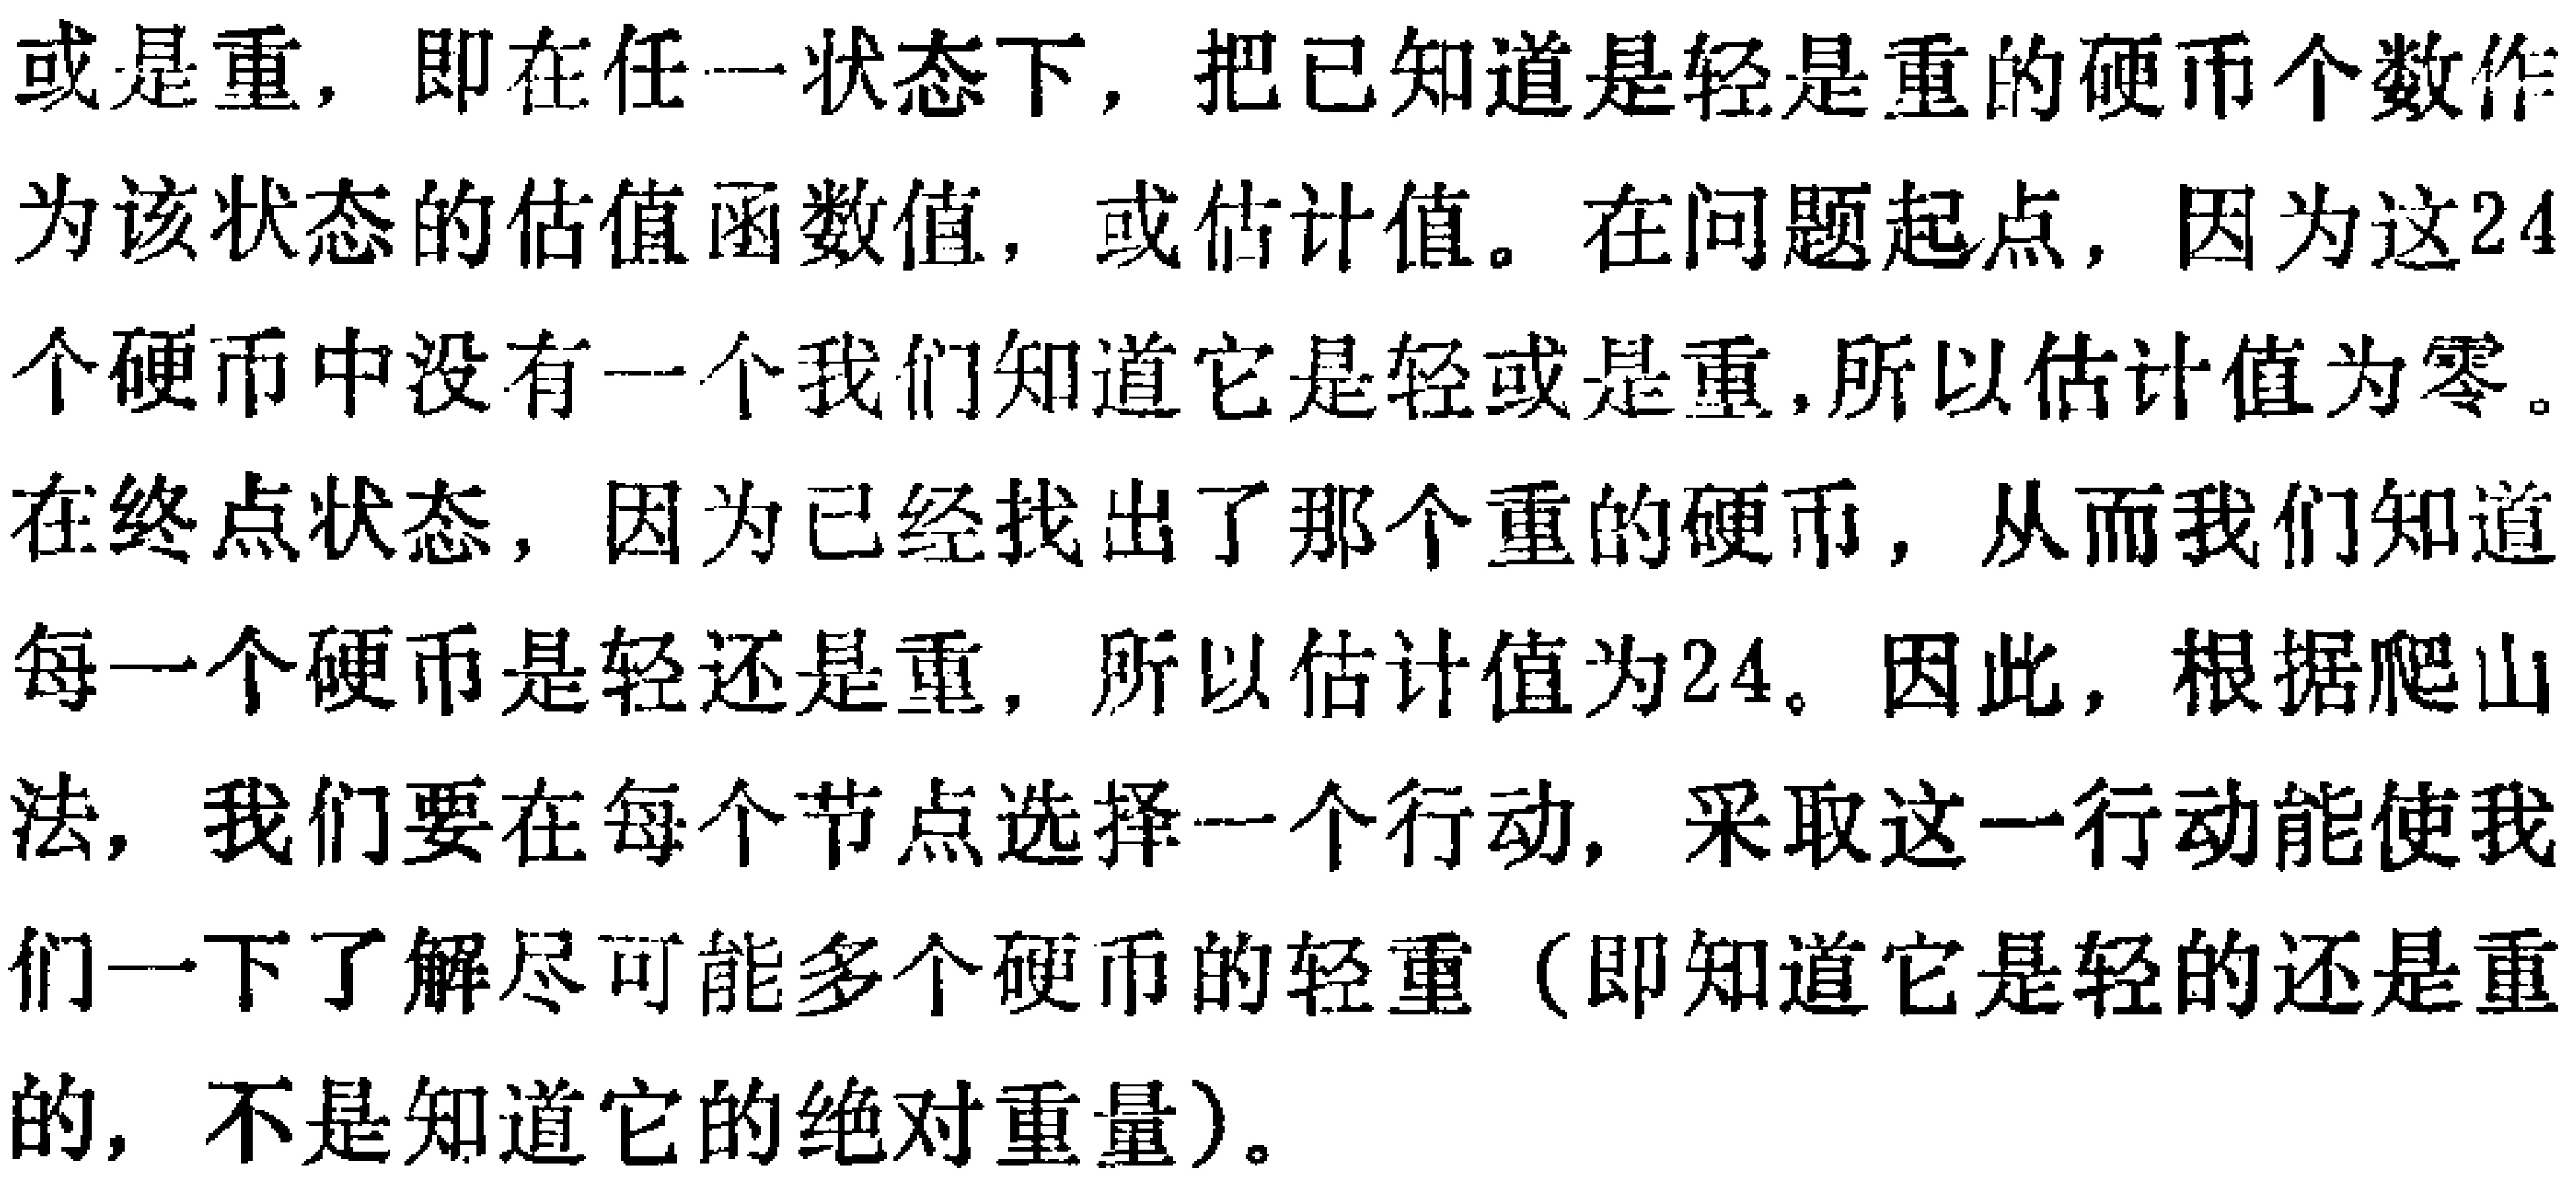
或是重，即在任一状态下，把已知道是轻是重的硬币个数作为该状态的估值函数值，或估计值。在问题起点，因为这24个硬币中没有一个我们知道它是轻或是重，所以估计值为零。在终点状态，因为已经找出了那个重的硬币，从而我们知道每一个硬币是轻还是重，所以估计值为24。因此，根据爬山法，我们要在每个节点选择一个行动，采取这一行动能使我们一下了解尽可能多个硬币的轻重（即知道它是轻的还是重的，不是知道它的绝对重量）。